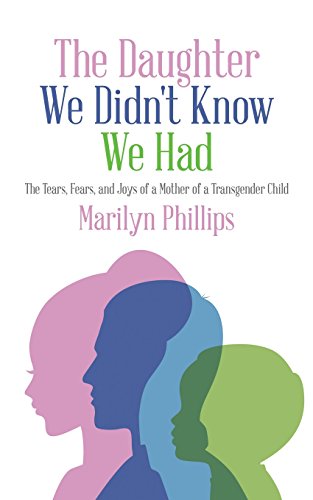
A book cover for The Daughter We Didn't Know We Had: The Tears, Fears, and Joys of a Mother of a Transgender Child; Marilyn Phillips; Gay & Lesbian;